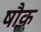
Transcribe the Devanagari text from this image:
षौक